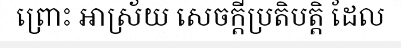
ព្រោះ អាស្រ័យ សេចក្តីប្រតិបត្តិ ដែល